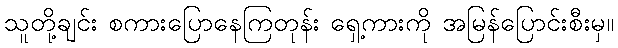
သူတို့ချင်း စကားပြောနေကြတုန်း ရှေ့ကားကို အမြန်ပြောင်းစီးမှ။